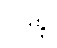
ဝဒန္တိ